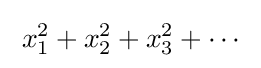
\;x_{1}^{2}+x_{2}^{2}+x_{3}^{2}+\cdots \;